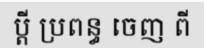
ប្តី ប្រពន្ធ ចេញ ពី